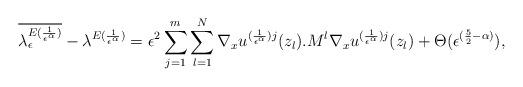
LaTeX: \begin{align*}\overline{\lambda _{\epsilon}^{E(\frac{1}{\epsilon^{\alpha}})}}-\lambda^{E(\frac{1}{\epsilon^{\alpha}})}=\epsilon^{2}\sum_{j=1}^{m}\sum_{l=1}^{N}\nabla_{x}u^{(\frac{1}{\epsilon^{\alpha}})j}(z_{l}).{M}^{l}\nabla_{x}u^{(\frac{1}{\epsilon^{\alpha}})j}(z_{l})+\Theta(\epsilon^{(\frac{5}{2}-\alpha)}),\end{align*}